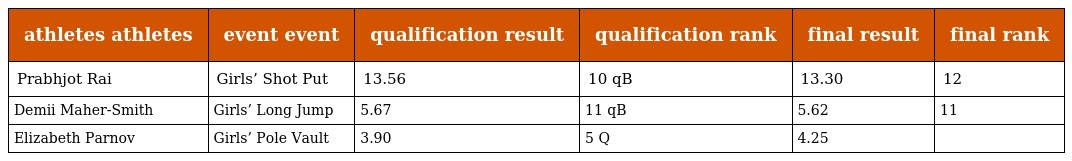
| athletes athletes | event event | qualification result | qualification rank | final result | final rank |
 | --- | --- | --- | --- | --- | --- |
 | Prabhjot Rai | Girls’ Shot Put | 13.56 | 10 qB | 13.30 | 12 |
 | Demii Maher-Smith | Girls’ Long Jump | 5.67 | 11 qB | 5.62 | 11 |
 | Elizabeth Parnov | Girls’ Pole Vault | 3.90 | 5 Q | 4.25 |  |